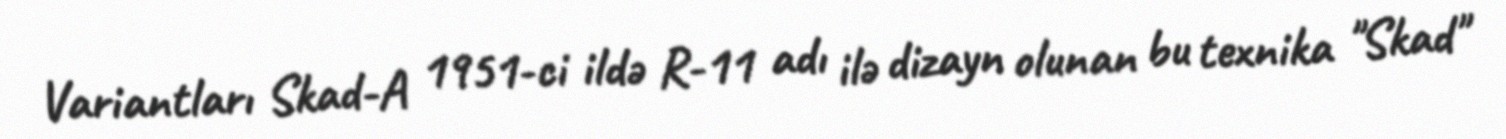
Variantları Skad-A 1951-ci ildə R-11 adı ilə dizayn olunan bu texnika "Skad"